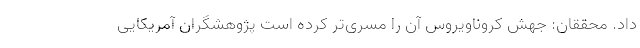
داد. محققان: جهش کروناویروس آن را مسری‌تر کرده است پژوهشگران آمریکایی